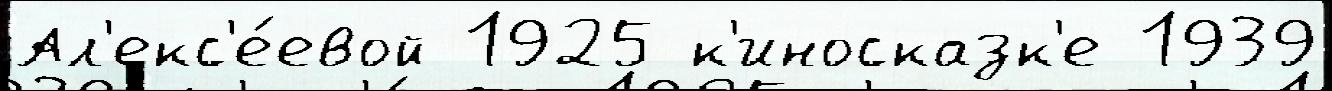
Ал'екс'е́евой 1925 к'иносказк'е 1939